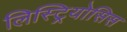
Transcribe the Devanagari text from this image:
लिस्ट्रियोसिस